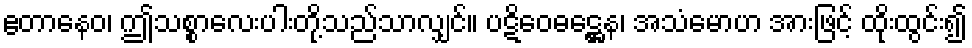
ဧတာနေဝ၊ ဤသစ္စာလေးပါးတို့သည်သာလျှင်။ ပဋိဝေဓဋ္ဌေန၊ အသံမောဟ အားဖြင့် ထိုးထွင်း၍